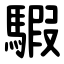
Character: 騢